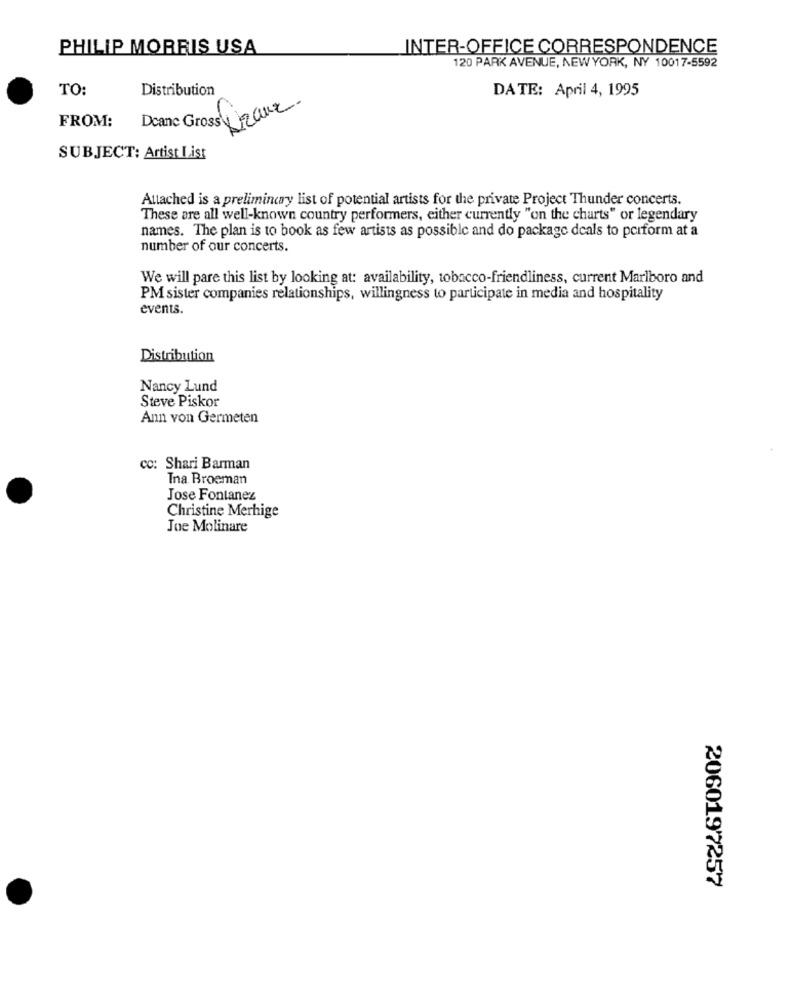
PHILIP MORRIS USA
INTER-OFFICE CORRESPONDENCE
120 PARK AVENUE, NEW YORK, NY 10017-5592
TO:
Distribution
DATE: April 4, 1995
FROM:
Dane Gross Franz
SUBJECT: Artist List
Attached is a prelimincay list of potential artists for the private Project Thunder concerts.
These are all well-known country performers, either currently "on the charts" or legendary
names. The plan is to book as few artists as possible and do package deals to perform at a
number of our concerts.
We will pare this list by looking at: availability, tobacco-friendliness, current Marlboro and
PM sister companies relationships, willingness to participate in media and hospitality
events.
Distribution
Nancy Lund
Steve Piskor
Ann von Germeten
cc: Shari Barman
Tna Broeman
Jose Fontanez
Christine Merhige
Joe Molinare
2060197257